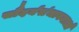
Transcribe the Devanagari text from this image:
सौंदर्यसंभावनाओं